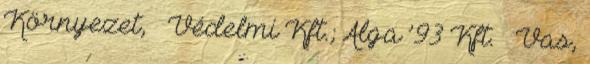
Környezet, – Védelmi Kft.; Alga ’93 Kft. – Vas,